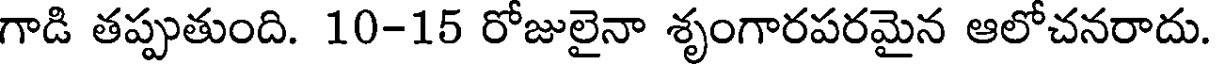
గాడి తప్పుతుంది. 10-15 రోజులైనా శృంగారపరమైన ఆలోచనరాదు.